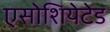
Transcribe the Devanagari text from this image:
एसोशियेटेड